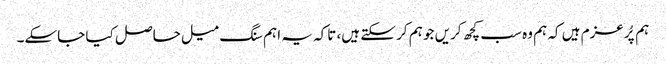
ہم پُرعزم ہیں کہ ہم وہ سب کچھ کریں جو ہم کر سکتے ہیں، تاکہ یہ اہم سنگ میل حاصل کیا جاسکے۔